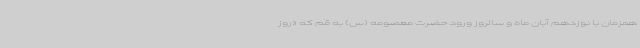
همزمان با نوزدهم آبان ماه و سالروز ورود حضرت معصومه (س) به قم که «روز